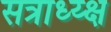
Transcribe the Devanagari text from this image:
सत्राध्य्क्ष